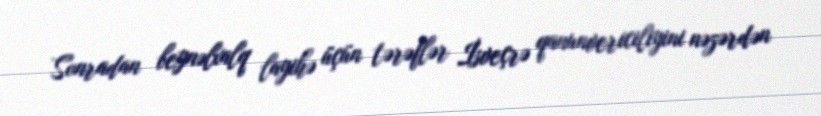
Sonradan beynəlxalq layihə üçün tərəflər İsveçrə qanunvericiliyini nəzərdən